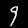
Digit: 9